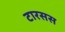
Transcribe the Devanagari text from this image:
टारसस